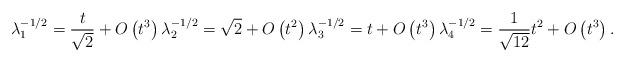
LaTeX: \begin{align*}\lambda_1^{-1/2} = \frac{t}{\sqrt{2}}+O \left( {t}^{3} \right) \lambda_2^{-1/2} = \sqrt {2}+O \left( {t}^{2} \right) \lambda_3^{-1/2} = t+O \left( {t}^{3} \right) \lambda_4^{-1/2} = \frac{1}{\sqrt{12}}t^2 + O \left( {t}^{3} \right).\end{align*}